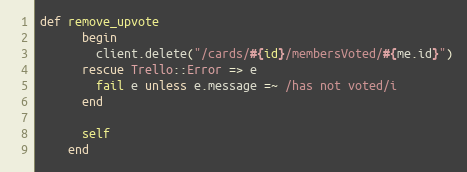
Language: Ruby
def remove_upvote
      begin
        client.delete("/cards/#{id}/membersVoted/#{me.id}")
      rescue Trello::Error => e
        fail e unless e.message =~ /has not voted/i
      end

      self
    end